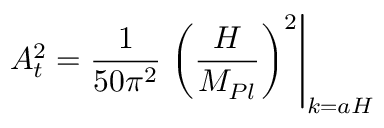
A _ { \sc t } ^ { 2 } = { \frac { 1 } { 5 0 \pi ^ { 2 } } } \left. \left( { \frac { H } { M _ { P l } } } \right) ^ { 2 } \right| _ { k = a H } \,